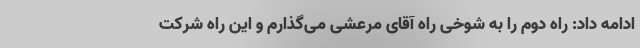
ادامه داد: راه دوم را به شوخی راه آقای مرعشی می‌گذارم و این راه شرکت